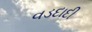
વડદાદી